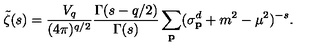
\tilde { \zeta } ( s ) = \frac { V _ { q } } { ( 4 \pi ) ^ { q / 2 } } \frac { \Gamma ( s - q / 2 ) } { \Gamma ( s ) } \sum _ { \bf p } ( \sigma _ { \bf p } ^ { d } + m ^ { 2 } - \mu ^ { 2 } ) ^ { - s } .